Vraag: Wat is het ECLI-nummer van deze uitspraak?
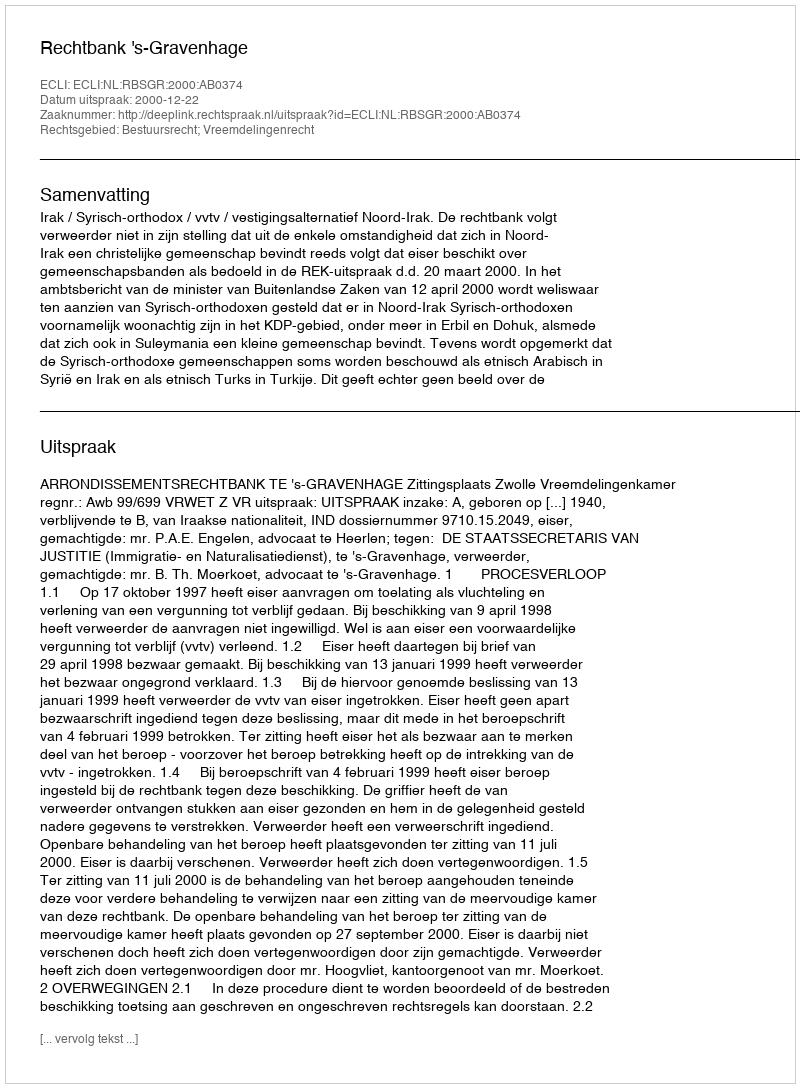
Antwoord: ECLI:NL:RBSGR:2000:AB0374